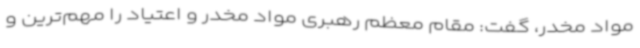
مواد مخدر، گفت: مقام معظم رهبری مواد مخدر و اعتیاد را مهم‌ترین و